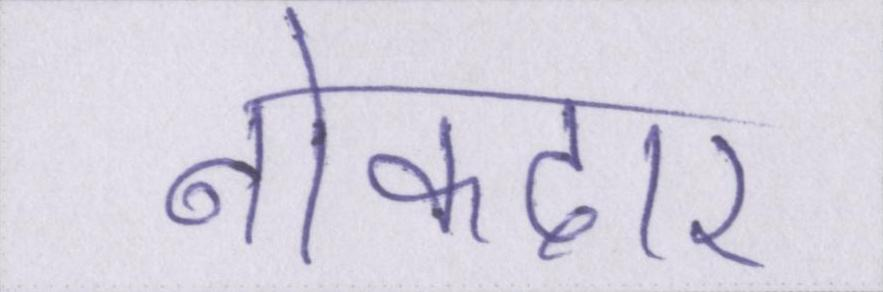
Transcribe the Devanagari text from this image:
नोकदार